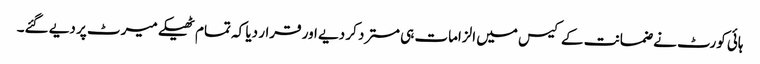
ہائی کورٹ نے ضمانت کے کیس میں الزامات ہی مسترد کر دیے اور قرار دیا کہ تمام ٹھیکے میرٹ پر دیے گئے۔